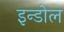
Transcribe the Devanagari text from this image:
इन्डोल